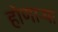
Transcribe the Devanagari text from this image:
होणार्‍या